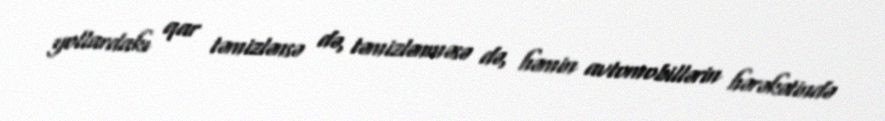
yollardakı qar təmizlənsə də, təmizlənməsə də, həmin avtomobillərin hərəkətində